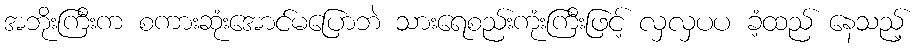
အဘိုးကြီးက စကားဆုံးအောင်မပြောဘဲ သားရေစည်းကုံးကြီးဖြင့် လှလှပပ ခံ့ထည် နေသည့်